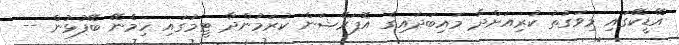
އޭޑީކޭގައި މިވަގުތު ކުރިއަށްދާ މައިބަދައިގެ އޮޕަރޭޝަން ކުރަމުންދާ ޓީމުގައި ހިމެނޭ ބޭފުޅުން --